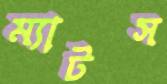
ম্যাটস